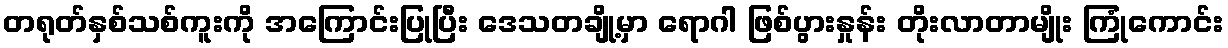
တရုတ်နှစ်သစ်ကူးကို အကြောင်းပြုပြီး ဒေသတချို့မှာ ရောဂါ ဖြစ်ပွားနှုန်း တိုးလာတာမျိုး ကြုံကောင်း